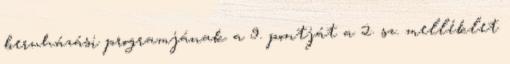
beruházási programjának a 9. pontját a 2. sz. melléklet